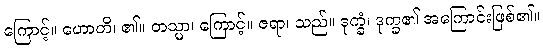
ကြောင့်။ ဟောတိ၊ ၏။ တသ္မာ၊ ကြောင့်။ ဇရာ၊ သည်။ ဒုက္ခံ၊ ဒုက္ခ၏ အကြောင်းဖြစ်၏။